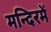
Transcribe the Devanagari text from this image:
मन्दिरमें